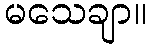
မသေချာ။